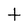
Character: t